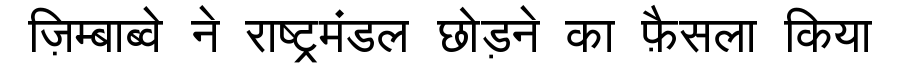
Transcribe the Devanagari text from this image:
ज़िम्बाब्वे ने राष्ट्रमंडल छोड़ने का फ़ैसला किया